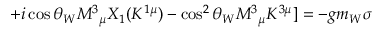
+ i \cos \theta _ { W } M ^ { 3 } { } _ { \mu } X _ { 1 } ( K ^ { 1 \mu } ) - \cos ^ { 2 } \theta _ { W } M ^ { 3 } { } _ { \mu } K ^ { 3 \mu } ] = - g m _ { W } \sigma